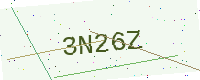
Text: 3N26Z